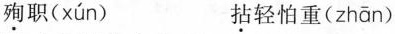
殉职( xún ) 拈轻怕重( zhān )